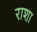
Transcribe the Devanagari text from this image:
राशा